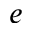
e